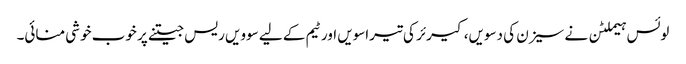
لوئس ہیملٹن نے سیزن کی دسویں، کیرئر کی تیراسویں اور ٹیم کے لیے سوویں ریس جیتنے پر خوب خوشی منائی۔